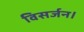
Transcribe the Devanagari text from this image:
विसर्जन।